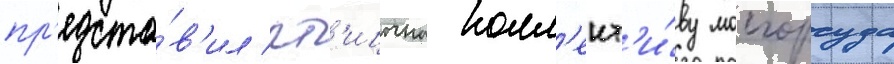
пр'едста́в'ил пт'ицына колл'ект'и́ву мосгорсуда